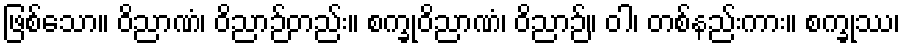
ဖြစ်သော။ ဝိညာဏံ၊ ဝိညာဉ်တည်း။ စက္ခုဝိညာဏံ၊ ဝိညာဉ်။ ဝါ၊ တစ်နည်းကား။ စက္ခုဿ၊